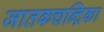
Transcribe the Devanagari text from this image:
जातकचन्द्रिका